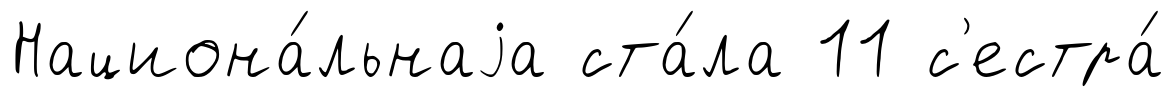
Национа́льнаjа ста́ла 11 с'естра́